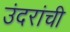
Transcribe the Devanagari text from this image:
उंदरांची